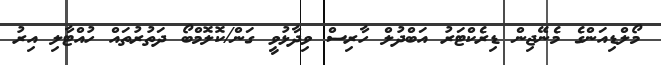
މޯލްޑިއަންގެ މެނޭޖިން ޑިރެކްޓަރު އަބްދުލް ހާރިސް ވިދާޅުވީ ގަން/ކޮލޮމްބޯ ދަތުރުތައް ހުއްޓާލި އިރު